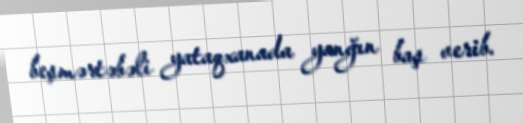
beşmərtəbəli yataqxanada yanğın baş verib.